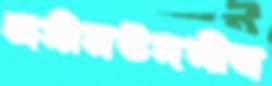
জসীমউদদীন